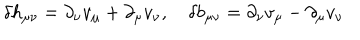
\delta h _ { \mu \nu } = \partial _ { \nu } v _ { \mu } + \partial _ { \mu } v _ { \nu } , \quad \delta b _ { \mu \nu } = \partial _ { \nu } v _ { \mu } - \partial _ { \mu } v _ { \nu }